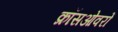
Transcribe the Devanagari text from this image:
क्रॉसओवरों